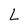
Character: L